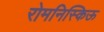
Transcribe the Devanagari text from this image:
रोमनिस्किऊ